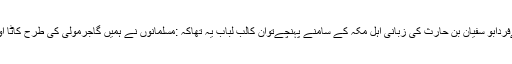
جنگ بدر کے حالات بنو ہاشم کےفردابو سفیان بِن حارث کی زبانی اہل مکہ کے سامنے پہنچےتوان کالب لباب یہ تھاکہ :مسلمانوں نے ہمیں گاجرمولی کی طرح کاٹا اور بھیڑ بکریوں کی طرح باندھ لیا۔